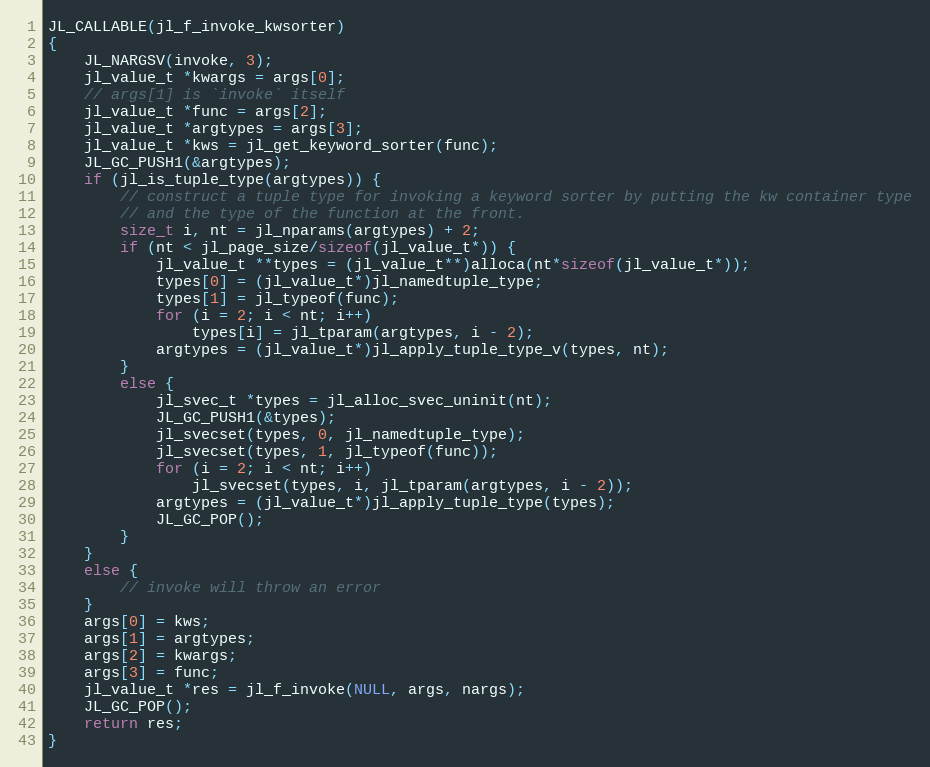
Language: C
JL_CALLABLE(jl_f_invoke_kwsorter)
{
    JL_NARGSV(invoke, 3);
    jl_value_t *kwargs = args[0];
    // args[1] is `invoke` itself
    jl_value_t *func = args[2];
    jl_value_t *argtypes = args[3];
    jl_value_t *kws = jl_get_keyword_sorter(func);
    JL_GC_PUSH1(&argtypes);
    if (jl_is_tuple_type(argtypes)) {
        // construct a tuple type for invoking a keyword sorter by putting the kw container type
        // and the type of the function at the front.
        size_t i, nt = jl_nparams(argtypes) + 2;
        if (nt < jl_page_size/sizeof(jl_value_t*)) {
            jl_value_t **types = (jl_value_t**)alloca(nt*sizeof(jl_value_t*));
            types[0] = (jl_value_t*)jl_namedtuple_type;
            types[1] = jl_typeof(func);
            for (i = 2; i < nt; i++)
                types[i] = jl_tparam(argtypes, i - 2);
            argtypes = (jl_value_t*)jl_apply_tuple_type_v(types, nt);
        }
        else {
            jl_svec_t *types = jl_alloc_svec_uninit(nt);
            JL_GC_PUSH1(&types);
            jl_svecset(types, 0, jl_namedtuple_type);
            jl_svecset(types, 1, jl_typeof(func));
            for (i = 2; i < nt; i++)
                jl_svecset(types, i, jl_tparam(argtypes, i - 2));
            argtypes = (jl_value_t*)jl_apply_tuple_type(types);
            JL_GC_POP();
        }
    }
    else {
        // invoke will throw an error
    }
    args[0] = kws;
    args[1] = argtypes;
    args[2] = kwargs;
    args[3] = func;
    jl_value_t *res = jl_f_invoke(NULL, args, nargs);
    JL_GC_POP();
    return res;
}